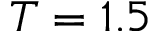
T = 1 . 5